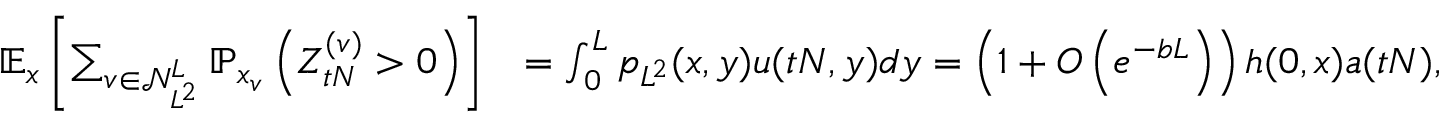
\begin{array} { r l } { \mathbb { E } _ { x } \left[ \sum _ { v \in \mathcal { N } _ { L ^ { 2 } } ^ { L } } \mathbb { P } _ { x _ { v } } \left( Z _ { t N } ^ { ( v ) } > 0 \right) \right] } & { = \int _ { 0 } ^ { L } p _ { L ^ { 2 } } ( x , y ) u ( t N , y ) d y = \left( 1 + O \left( e ^ { - b L } \right) \right) h ( 0 , x ) a ( t N ) , } \end{array}